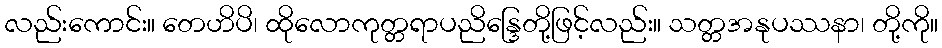
လည်းကောင်း။ တေဟိပိ၊ ထိုလောကုတ္တရာပညိန္ဒြေတို့ဖြင့်လည်း။ သတ္တအနုပဿနာ၊ တို့ကို။